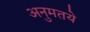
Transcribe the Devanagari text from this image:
अनुमतये